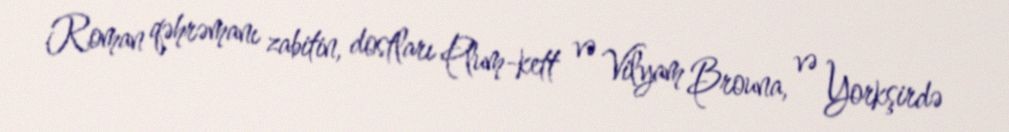
Roman qəhrəmanı zabitin, dostları Plum-kett və Vilyam Brouna, və Yorkşirdə